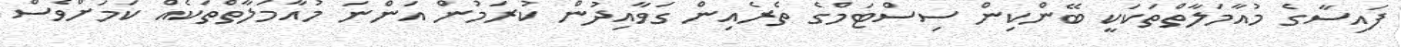
ފައިސާގެ މުއާމަލާތްތަކަކީ ބޭންކިން ސިސްޓަމްގެ ތެރެއިން ގަވާއިދުން ކުރަމުން އަންނަ މުއާމަލާތްތަކެއް ކަމަށްވެސް